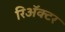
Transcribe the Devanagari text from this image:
रिॲक्टर